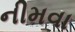
નીમવા